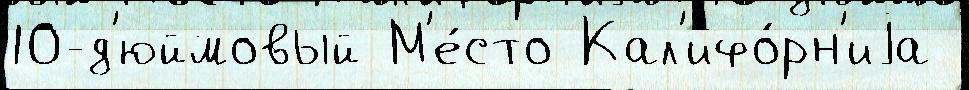
10-д'юймовый М'е́сто Кал'ифо́рн'иjа